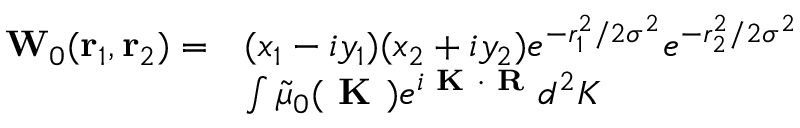
\begin{array} { r l } { \mathbf { { W } } _ { 0 } ( \mathbf { r } _ { 1 } , \mathbf { r } _ { 2 } ) = } & { ( x _ { 1 } - i y _ { 1 } ) ( x _ { 2 } + i y _ { 2 } ) e ^ { - r _ { 1 } ^ { 2 } / 2 \sigma ^ { 2 } } e ^ { - r _ { 2 } ^ { 2 } / 2 \sigma ^ { 2 } } } \\ & { \int \tilde { \mu } _ { 0 } ( \textbf { K } ) e ^ { i \textbf { K } \cdot { \textbf { R } } } d ^ { 2 } K } \end{array}